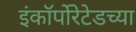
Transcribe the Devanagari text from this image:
इंकॉर्पोरेटेडच्या